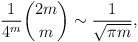
LaTeX: \begin{align*}\frac{1}{4^m}\binom{2m}{m} \sim \frac{1}{\sqrt{\pi m}},\end{align*}